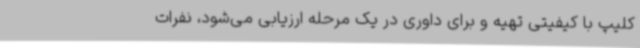
کلیپ با کیفیتی تهیه و برای داوری در یک مرحله ارزیابی می‌شود، نفرات